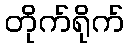
တိုက်ရိုက်